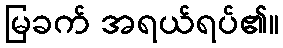
မြခက် အရယ်ရပ်၏။